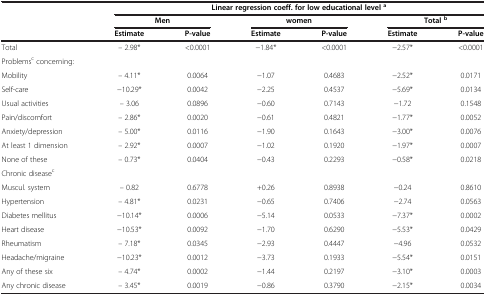
|  | <COLSPAN=6> Linear regression coeff. for low educational level a |
 |  | <COLSPAN=2> Men | <COLSPAN=2> women | <COLSPAN=2> Total b |
 |  | Estimate | P-value | Estimate | P-value | Estimate | P-value |
 | --- | --- | --- | --- | --- | --- | --- |
 | Total | – 2.98* | <0.0001 | −1.84* | <0.0001 | −2.57* | <0.0001 |
 | Problemsc concerning: |  |  |  |  |  |  |
 | Mobility | – 4.11* | 0.0064 | −1.07 | 0.4683 | −2.52* | 0.0171 |
 | Self-care | −10.29* | 0.0042 | −2.25 | 0.4537 | −5.69* | 0.0134 |
 | Usual activities | – 3.06 | 0.0896 | −0.60 | 0.7143 | −1.72 | 0.1548 |
 | Pain/discomfort | – 2.86* | 0.0020 | −0.61 | 0.4821 | −1.77* | 0.0052 |
 | Anxiety/depression | – 5.00* | 0.0116 | −1.90 | 0.1643 | −3.00* | 0.0076 |
 | At least 1 dimension | – 2.92* | 0.0007 | −1.02 | 0.1920 | −1.97* | 0.0007 |
 | None of these | – 0.73* | 0.0404 | −0.43 | 0.2293 | −0.58* | 0.0218 |
 | Chronic diseasec |  |  |  |  |  |  |
 | Muscul. system | – 0.82 | 0.6778 | +0.26 | 0.8938 | −0.24 | 0.8610 |
 | Hypertension | – 4.81* | 0.0231 | −0.65 | 0.7406 | −2.74 | 0.0563 |
 | Diabetes mellitus | −10.14* | 0.0006 | −5.14 | 0.0533 | −7.37* | 0.0002 |
 | Heart disease | −10.53* | 0.0092 | −1.70 | 0.6290 | −5.53* | 0.0429 |
 | Rheumatism | – 7.18* | 0.0345 | −2.93 | 0.4447 | −4.96 | 0.0532 |
 | Headache/migraine | −10.23* | 0.0012 | −3.73 | 0.1933 | −5.54* | 0.0151 |
 | Any of these six | – 4.74* | 0.0002 | −1.44 | 0.2197 | −3.10* | 0.0003 |
 | Any chronic disease | – 3.45* | 0.0019 | −0.86 | 0.3790 | −2.15* | 0.0034 |